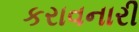
કરાવનારી